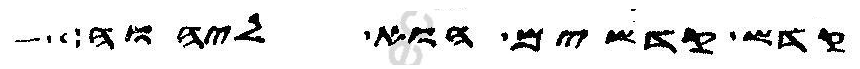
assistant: קדש קדשים הוא ליהוה